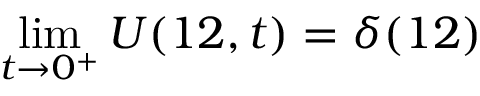
\operatorname* { l i m } _ { t \to 0 ^ { + } } U ( 1 2 , t ) = \delta ( 1 2 )